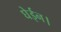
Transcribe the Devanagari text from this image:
घेईन।